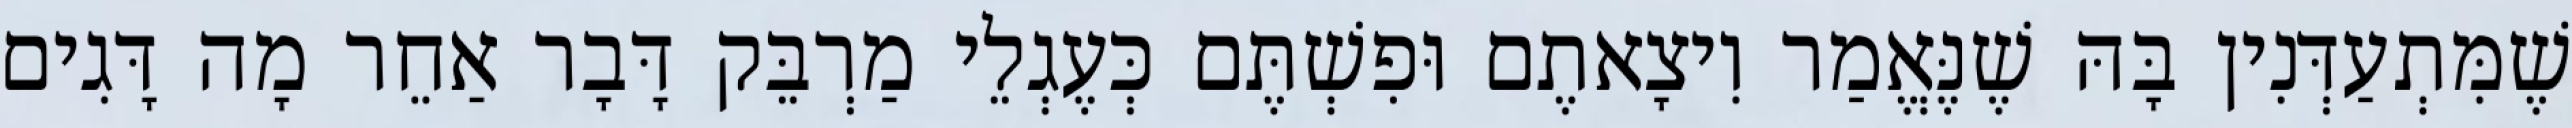
שֶׁמִּתְעַדְּנִין בָּהּ שֶׁנֶּאֱמַר וִיצָאתֶם וּפִשְׁתֶּם כְּעֶגְלֵי מַרְבֵּק דָּבָר אַחֵר מָה דָּגִים